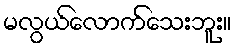
မလွယ်လောက်သေးဘူး။